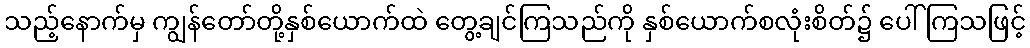
သည့်နောက်မှ ကျွန်တော်တို့နှစ်ယောက်ထဲ တွေ့ချင်ကြသည်ကို နှစ်ယောက်စလုံးစိတ်၌ ပေါ်ကြသဖြင့်